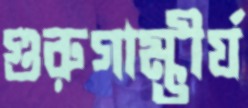
গুরুগাম্ভীর্য